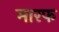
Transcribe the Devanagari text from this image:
मारफ